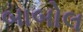
બાબોલ